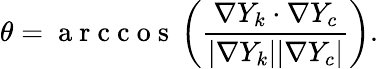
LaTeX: \theta=\mathrm{~a~r~c~c~o~s~}\left(\frac{\nabla Y_{k}\cdot\nabla Y_{c}}{|\nabla Y_{k}||\nabla Y_{c}|}\right).